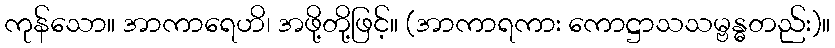
ကုန်သော။ အာကာရေဟိ၊ အဖို့တို့ဖြင့်။ (အာကာရကား ကောဋ္ဌာသသမ္ဗန္ဓတည်း)။